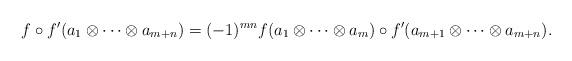
LaTeX: \begin{align*}f \circ f'(a_1 \otimes \cdots \otimes a_{m+n})=(-1)^{mn} f(a_1 \otimes \cdots \otimes a_m) \circ f'(a_{m+1} \otimes \cdots \otimes a_{m+n}). \end{align*}